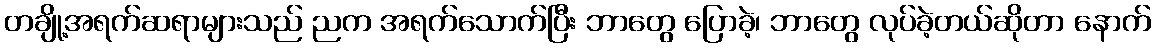
တချို့အရက်ဆရာများသည် ညက အရက်သောက်ပြီး ဘာတွေ ပြောခဲ့၊ ဘာတွေ လုပ်ခဲ့တယ်ဆိုတာ နောက်